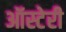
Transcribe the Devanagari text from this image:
ऑस्टेरी